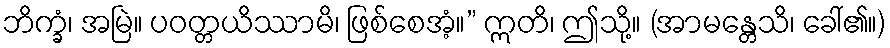
ဘိက္ခံ၊ အမြဲ။ ပဝတ္တယိဿာမိ၊ ဖြစ်စေအံ့။” ဣတိ၊ ဤသို့။ (အာမန္တေသိ၊ ခေါ်၏။)